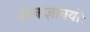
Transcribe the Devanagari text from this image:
ज्ञानाज्ञानयोः